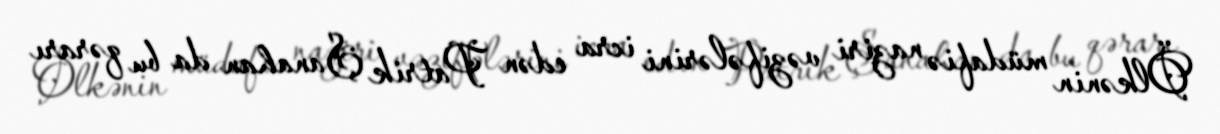
Ölkənin müdafiə naziri vəzifələrini icra edən Patrik Şanahan da bu qərarı